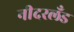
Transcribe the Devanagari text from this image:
नीदरलँड